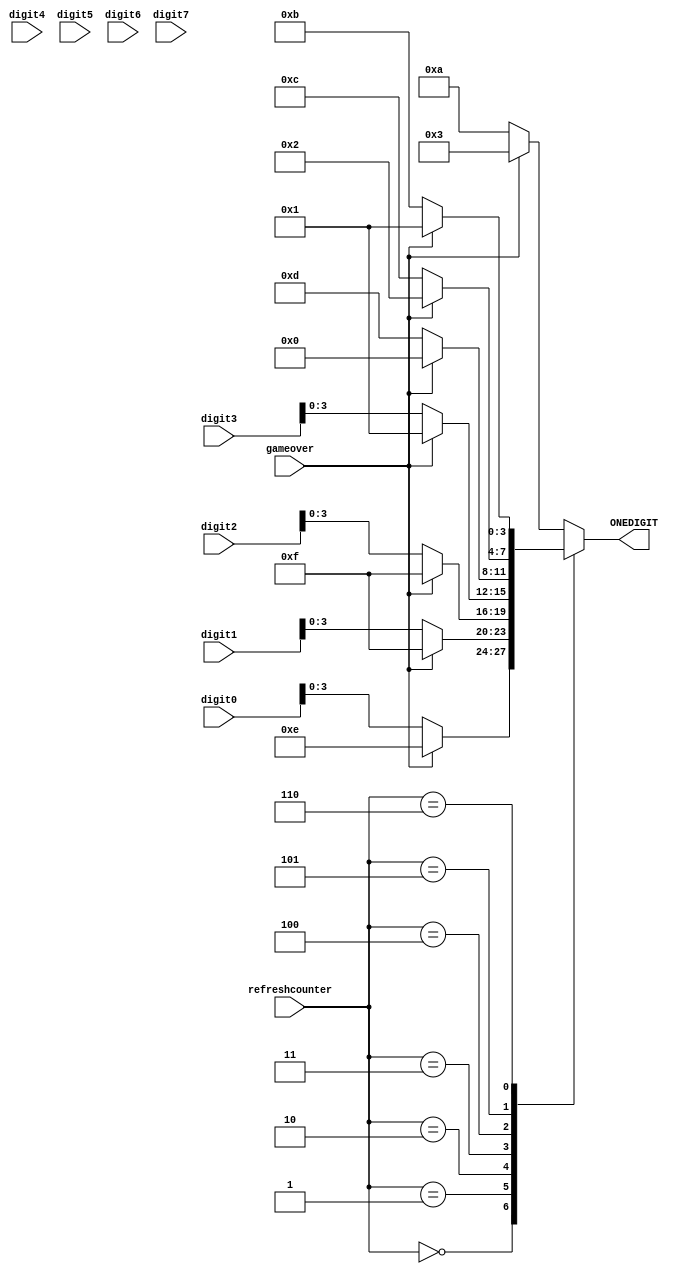
`timescale 1ns / 1ps
//////////////////////////////////////////////////////////////////////////////////
// Company: 
// Engineer: 
// 
// Design Name: 
// Module Name: BCD_control
// Project Name: 
// Target Devices: 
// Tool Versions: 
// Description: 
// 
// Dependencies: 
// 
// Revision:
// Revision 0.01 - File Created
// Additional Comments:
// 
//////////////////////////////////////////////////////////////////////////////////


module BCD_control(
    input [4:0] digit0,
    input [4:0] digit1,
    input [4:0] digit2,
    input [4:0] digit3,
    input [4:0] digit4,
    input [4:0] digit5,
    input [4:0] digit6,
    input [4:0] digit7,
    input [3:0] refreshcounter,
    input gameover,
    output reg [3:0] ONEDIGIT
    );
    
    
    always@(refreshcounter) 
        case(refreshcounter)
            3'b000:
                ONEDIGIT <= gameover ? 5'b01110 : digit0;
            
            3'b001:
                ONEDIGIT <= gameover ? 5'b01111 : digit1;
  
            3'b010:
                ONEDIGIT <= gameover ? 5'b01111 : digit2;

            3'b011:
                ONEDIGIT <= gameover ? 5'b10001:  digit3;

            3'b100: 
                ONEDIGIT <= gameover ? 5'b00000 : 4'b1101;

            3'b101:
                ONEDIGIT <= gameover ? 5'b10010 : 4'b1100;

            3'b110:
                ONEDIGIT <= gameover ? 5'b10001 : 4'b1011;

            default: 
                ONEDIGIT <= gameover ? 5'b10011 : 4'b1010;
        endcase 
    
endmodule